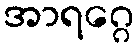
အာရဂ္ဂေ